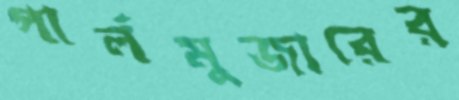
পার্লমুজারের